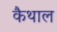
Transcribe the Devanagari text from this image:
कैथाल